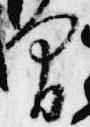
間